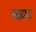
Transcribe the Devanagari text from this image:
ख्या